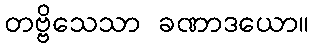
တဗ္ဗိသေသာ ခဏာဒယော။